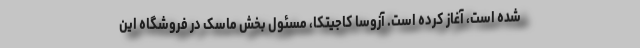
شده است، آغاز کرده است. آزوسا کاجیتکا، مسئول بخش ماسک در فروشگاه این